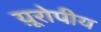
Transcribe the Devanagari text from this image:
य़ूरोपीय